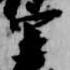
宰